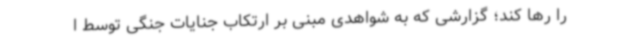
را رها کند؛ گزارشی که به شواهدی مبنی بر ارتکاب جنایات جنگی توسط ا